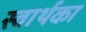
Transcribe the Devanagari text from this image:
स्वार्थका